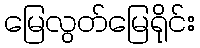
မြေလွတ်မြေရိုင်း